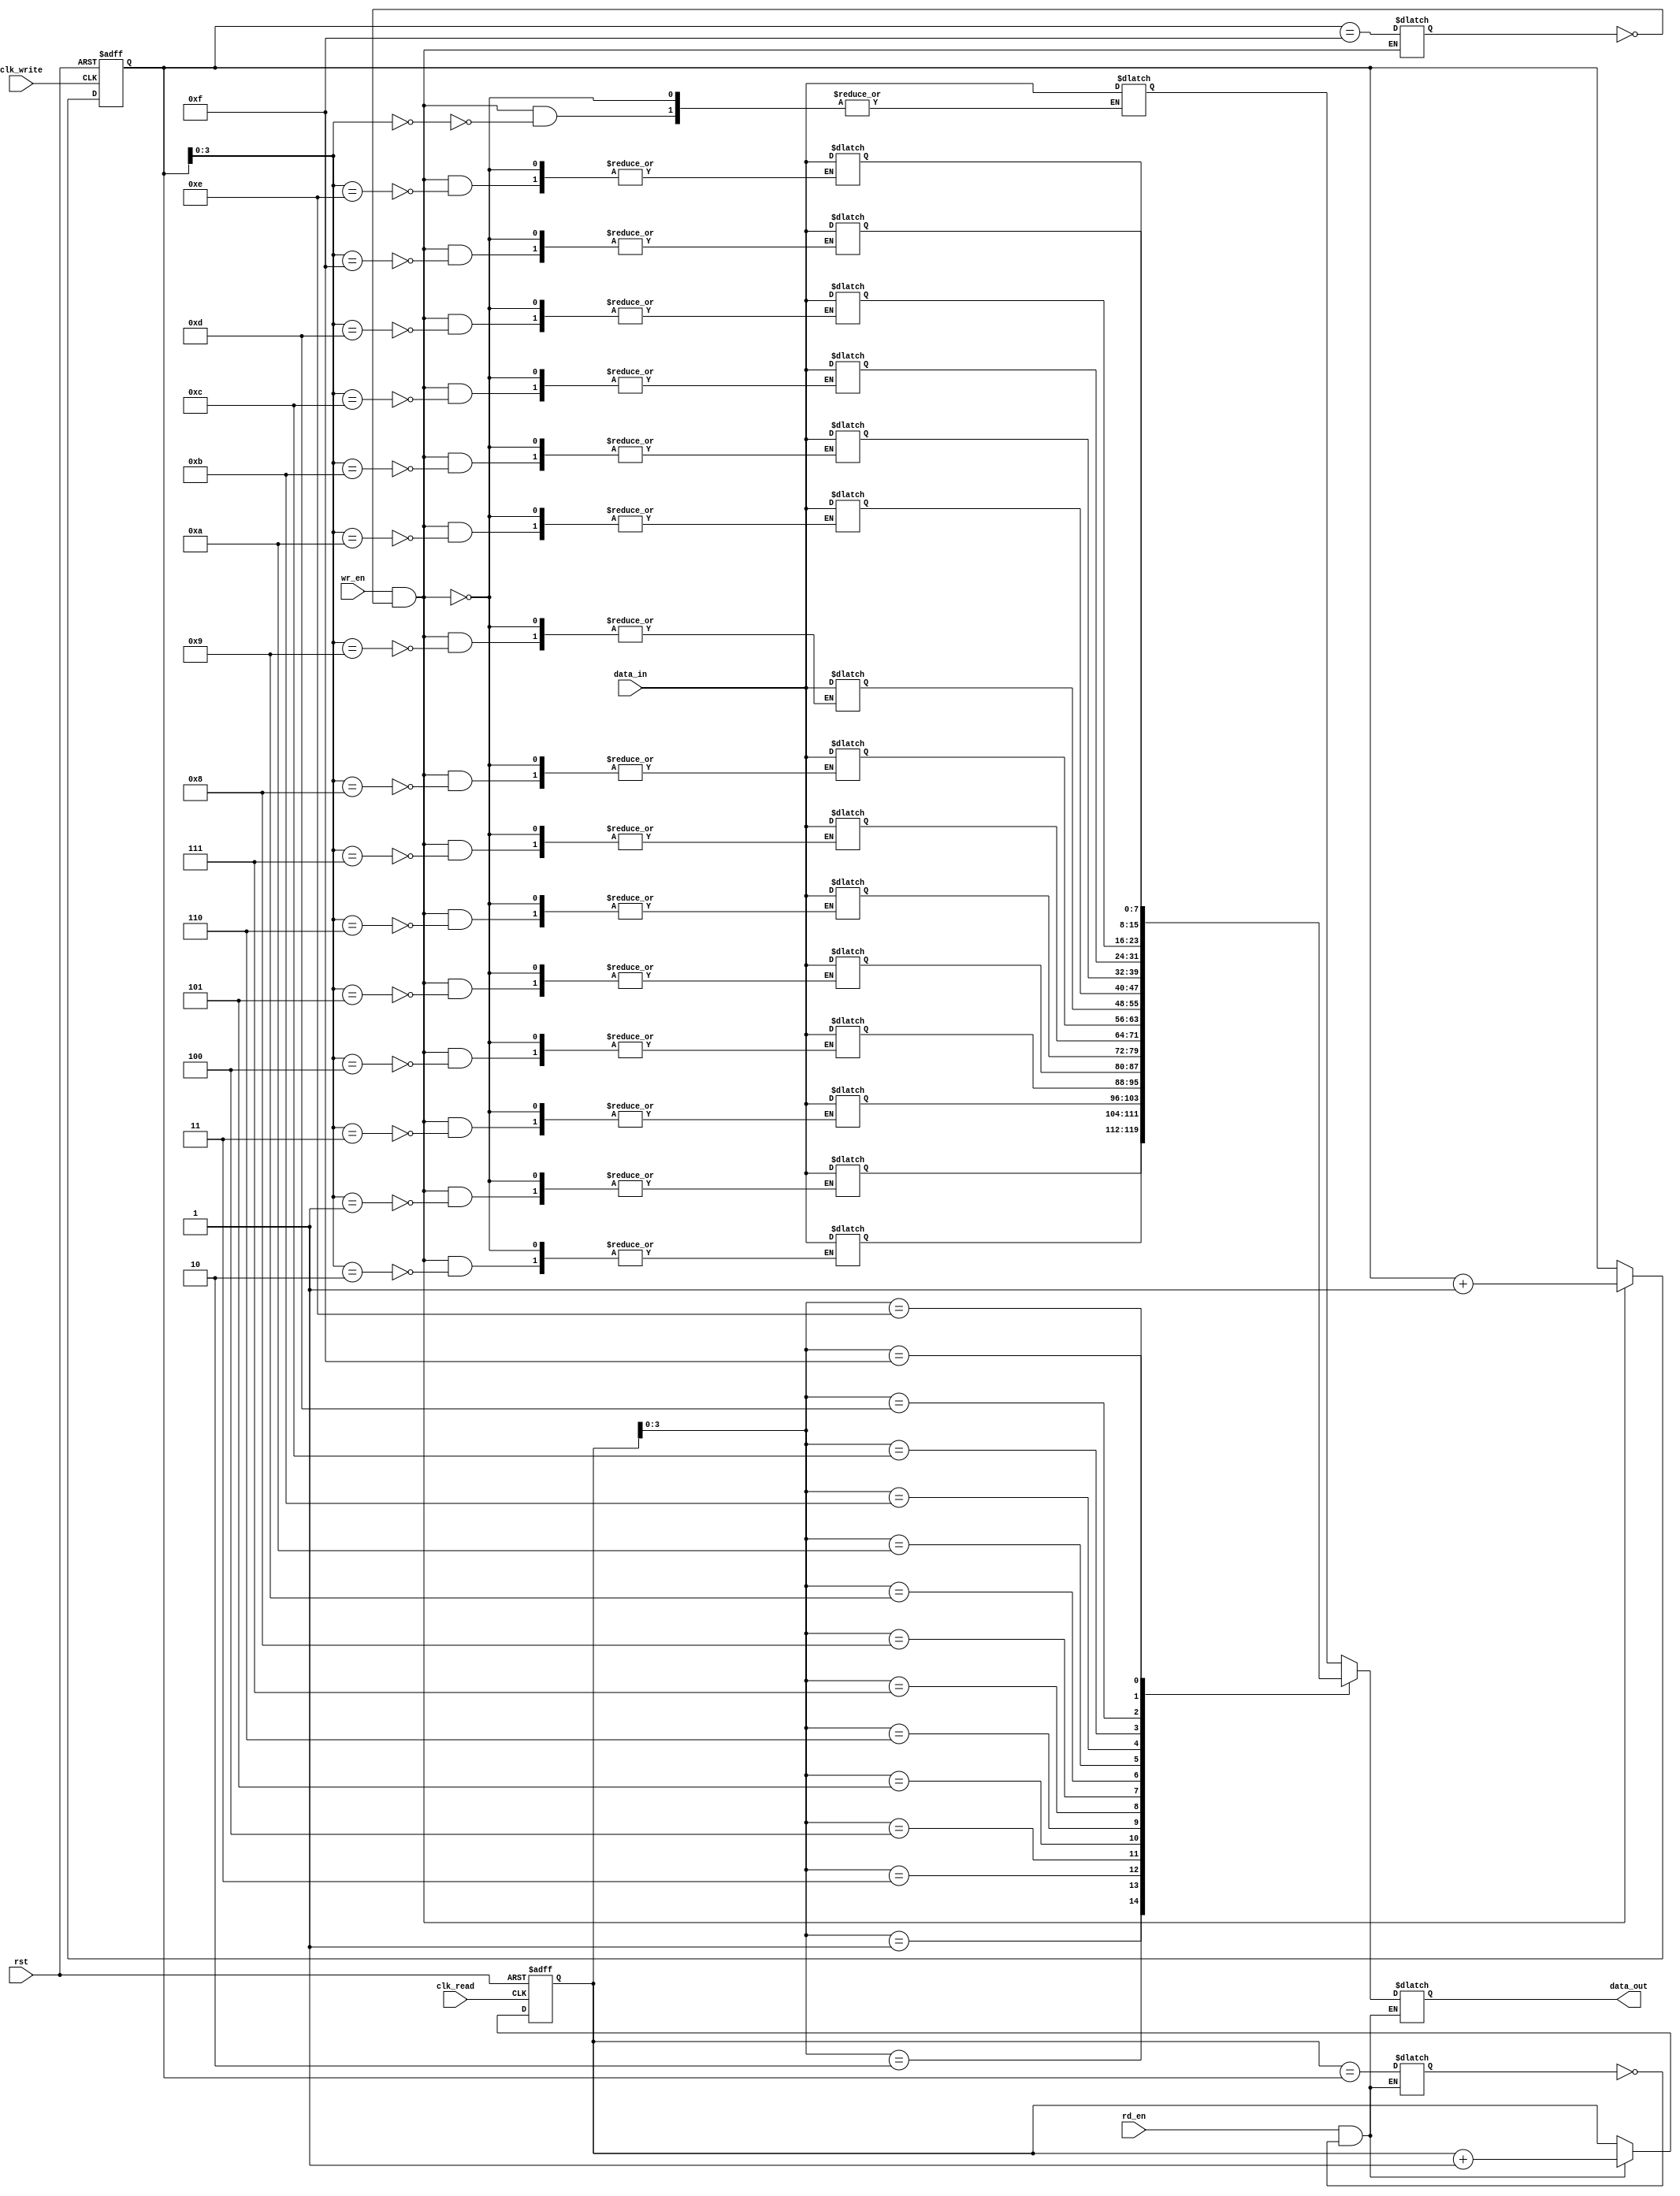
module async_fifo (
    input clk_write,
    input clk_read,
    input rst,
    input wr_en,
    input rd_en,
    input [7:0] data_in,
    output reg [7:0] data_out
);


// Define parameters
parameter DEPTH = 16;

// Define FIFO memory array
reg [7:0] fifo [0:DEPTH-1];

// Define write and read pointers
reg [4:0] wr_ptr;
reg [4:0] rd_ptr;

// Define flags for FIFO empty and full status
reg empty_flag;
reg full_flag;

// Write pointer logic
always @(posedge clk_write or posedge rst)
begin
    if (rst)
        wr_ptr <= 0;
    else if (wr_en && !full_flag)
        wr_ptr <= wr_ptr + 1;
end

// Read pointer logic
always @(posedge clk_read or posedge rst)
begin
    if (rst)
        rd_ptr <= 0;
    else if (rd_en && !empty_flag)
        rd_ptr <= rd_ptr + 1;
end

// Data read and write operations
always @(*)
begin
    if (wr_en && !full_flag)
    begin
        fifo[wr_ptr] <= data_in;
        full_flag <= (wr_ptr == DEPTH-1);
    end

    if (rd_en && !empty_flag)
    begin
        data_out <= fifo[rd_ptr];
        empty_flag <= (rd_ptr == wr_ptr);
    end
end

endmodule